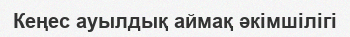
Кеңес ауылдық аймақ әкімшілігі